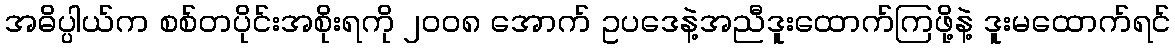
အဓိပ္ပါယ်က စစ်တပိုင်းအစိုးရကို ၂၀၀၈ အောက် ဥပဒေနဲ့အညီဒူးထောက်ကြဖို့နဲ့ ဒူးမထောက်ရင်